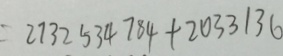
= 2 7 3 2 5 3 4 7 8 4 + 2 0 3 3 1 3 6